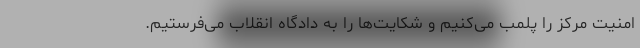
امنیت مرکز را پلمب می‌کنیم و شکایت‌ها را به دادگاه انقلاب می‌فرستیم.